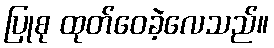
ပြုစု ထုတ်ဝေခဲ့လေသည်။